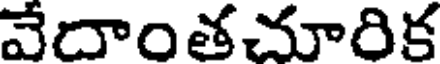
వేదాంతచూరిక